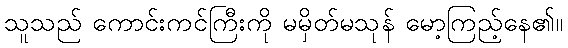
သူသည် ကောင်းကင်ကြီးကို မမှိတ်မသုန် မော့ကြည့်နေ၏။